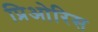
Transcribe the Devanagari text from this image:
प्रिओरिस